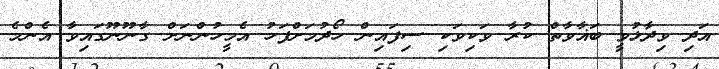
އަދި ވިދާޅުވީ ބަޣާވާތް ކުރާ ވަކިވަކި ސިފައިން ހޯދުމަށްފަހު އެމީހުންނަށް ގާނޫނޫގައިވާ އެންމެ